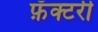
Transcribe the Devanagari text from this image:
फ़ॅक्टरी